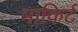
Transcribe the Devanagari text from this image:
माकिर्ट